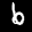
Label: 6